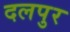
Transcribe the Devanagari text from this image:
दलपुर